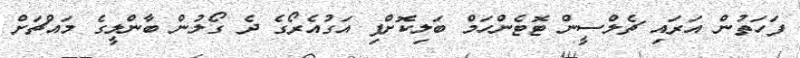
ފަހަތުން އަރައި ޗެލްސީން ޓޮޓެންހަމް ބަލިކޮށްފި އަގުއެރޯގެ ދެ ގޯލުން ބާންލީގެ މައްޗަށް